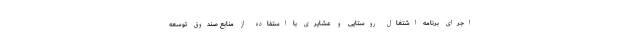
اجرای برنامه اشتغال روستایی و عشایری با استفاده از منابع صندوق توسعه